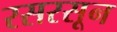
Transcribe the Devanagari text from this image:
रसरसून